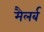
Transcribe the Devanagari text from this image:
मैलर्ब